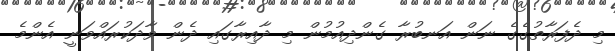
މި ދެފަރާތުގެގެ ނަން އަނބުރާ ގެންދިއުމުން މި ދާއިރާގައި ދެން ވާދަކުރައްވަނީ އެންމެ